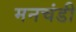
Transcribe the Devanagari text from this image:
मनचंडी